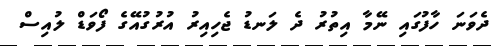
ދެވަނަ ހާފުގައި ނޭމާ އިތުުރު ދެ ލަނޑު ޖެހިއިރު އުރުގުއޭގެ ފޯވަޑް ލުއިސް